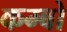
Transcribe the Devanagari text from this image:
कम्बो